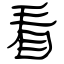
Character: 看